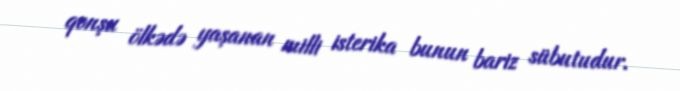
qonşu ölkədə yaşanan milli isterika bunun bariz sübutudur.